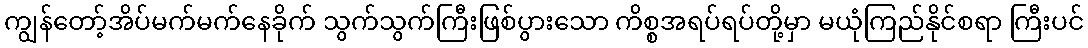
ကျွန်တော့်အိပ်မက်မက်နေခိုက် သွက်သွက်ကြီးဖြစ်ပွားသော ကိစ္စအရပ်ရပ်တို့မှာ မယုံကြည်နိုင်စရာ ကြီးပင်